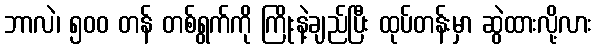
ဘာလဲ၊ ၅၀၀ တန် တစ်ရွက်ကို ကြိုးနဲ့ချည်ပြီး ထုပ်တန်းမှာ ဆွဲထားလို့လား